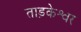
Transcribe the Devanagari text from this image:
ताड़केश्वर